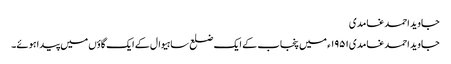
جاوید احمد غامدی
جاوید احمد غامدی۱۹۵۱ء میں پنجاب کے ایک ضلع ساہیوال کے ایک گاؤں میں پیدا ہوئے۔